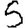
Digit: 5